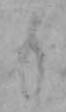
も